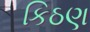
કિઠણ